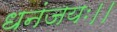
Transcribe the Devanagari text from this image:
धनंजयः।।